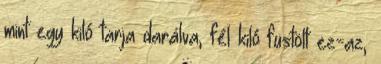
mint egy kiló tarja darálva, fél kiló füstölt ez-az,